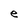
Character: e